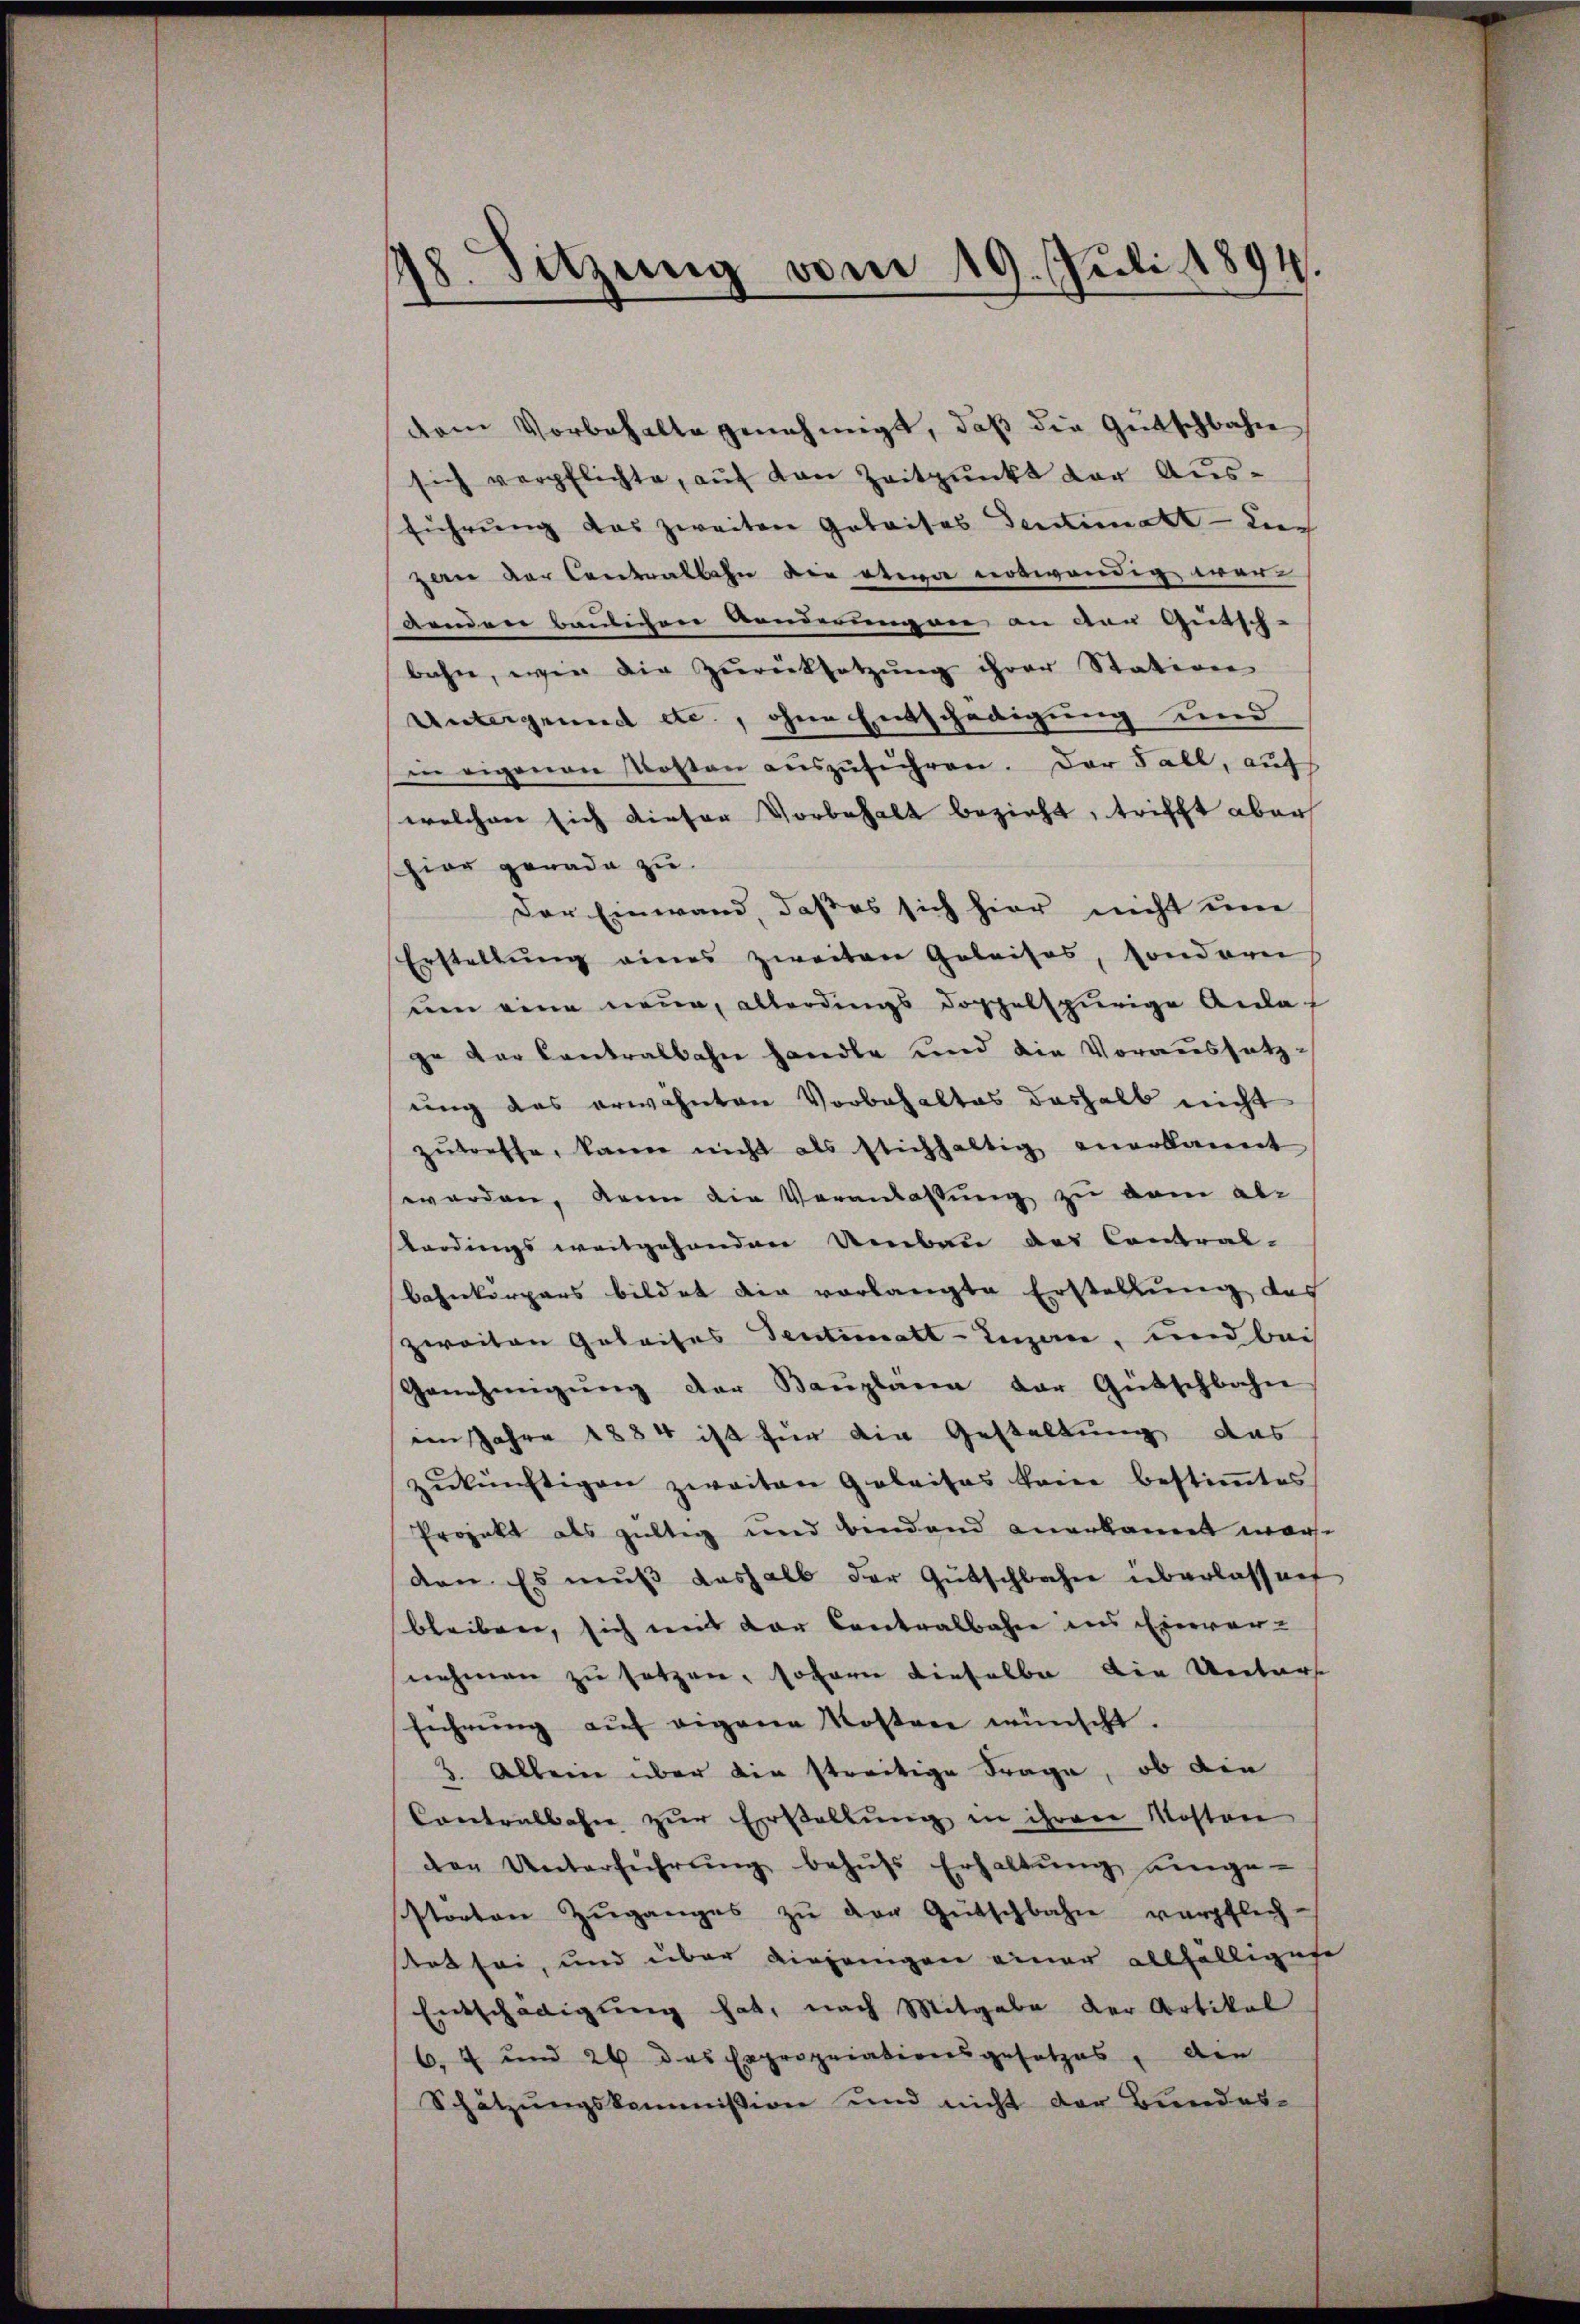
48. Sitzung vom 19. Juli 1894.

dem Vorbehalte genehmigt, daß die Gutschbahne
sich verpflichte, aŭf den Zeitpunkt der Aus-
führung das zweiten Gebaises Sentimatt - Liech
zerer der Contralbahn die etwa notwendig war-
denden baulichen Aenderungen an der Gutsch-
bahn, wie die Zŭrücksetzŭng ihrer Station
Untergrund etc., ohne Entschädigung und
in eigenen Kosten aŭszŭführen. Der Fall, auf
welchen sich dieser Vorbehalt bezieht, trifft aber
hier gerade zu
Der Einwand, daß es sich hier nicht um
Erstellung eines zweiten Geleises, sonderei
uen eine neue, allerdings doppelspurige Anlaze der Contralbahn handle und die Voraussetz-
ung das erwähnten Vorbehaltes deshalb nicht
zŭtreffe, kann nicht als stichhaltig anerkannt
worden, kann die Veranlassung zu dem ab-
terdings weitgehanden Umbau das Contral-
bahnkörpers bildet die vorlangte Erstellung des
zweiten Gebaises Sentimatt-Inzen, und bei
Genehmigŭng der Baŭpläne der Gütschbahn
im Jahre 1884 ist für die Gestaltung das
zŭkünftigen zweiten Gobaitas kreie bestimmtes
Projekt als gültig und bendend anerkannt worden. Es muß deshalb der Gütschlafen überlassen
bleiben, sich mit der Contralbahn ins Einver-
nehmen zu setzen, sofern dieselber die Unters
führŭng aŭf eigene Kosten wünscht.
3. Allein über den streitige Frage, ob die
Contralbahn zur Erstellung in ihren Kosten
den Unterführŭng behŭfs Erhaltŭng einge-
störten Zŭganges zŭ der Gütschbahn verpflich-
tot sei, und über diejenigen einer allfälligese
Entschädigung hat, nach Mitgabe der Artikal
6, 7 und 26 das Expropriationsgesetzes, den
Schätzungskommission und nicht der Bundes-